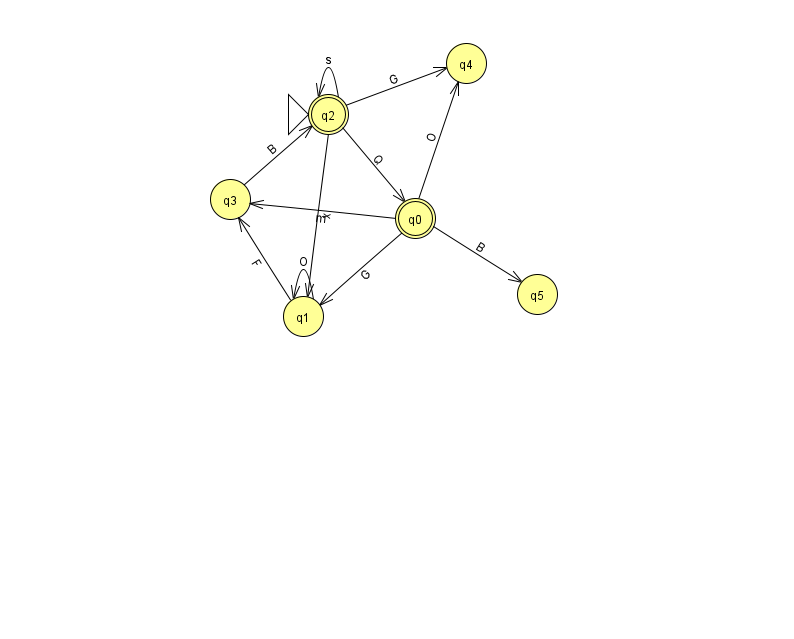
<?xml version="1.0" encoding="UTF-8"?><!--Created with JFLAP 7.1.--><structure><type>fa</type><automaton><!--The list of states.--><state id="0" name="q0"><x>415.0</x><y>205.0</y><final/></state><state id="1" name="q1"><x>303.0</x><y>303.0</y></state><state id="2" name="q2"><x>328.0</x><y>101.0</y><initial/><final/></state><state id="3" name="q3"><x>230.0</x><y>186.0</y></state><state id="4" name="q4"><x>466.0</x><y>50.0</y></state><state id="5" name="q5"><x>537.0</x><y>281.0</y></state><!--The list of transitions.--><transition><from>3</from><to>2</to><read>B</read></transition><transition><from>0</from><to>1</to><read>G</read></transition><transition><from>2</from><to>2</to><read>s</read></transition><transition><from>2</from><to>1</to><read>x</read></transition><transition><from>0</from><to>3</to><read>m</read></transition><transition><from>2</from><to>0</to><read>Q</read></transition><transition><from>1</from><to>3</to><read>F</read></transition><transition><from>0</from><to>5</to><read>B</read></transition><transition><from>2</from><to>4</to><read>G</read></transition><transition><from>0</from><to>4</to><read>O</read></transition><transition><from>1</from><to>1</to><read>O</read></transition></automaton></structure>